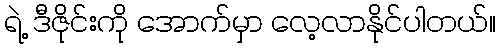
ရဲ့ ဒီဇိုင်းကို အောက်မှာ လေ့လာနိုင်ပါတယ်။